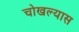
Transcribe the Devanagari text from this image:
चोखल्यास